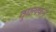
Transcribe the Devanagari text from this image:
तुघलकने